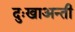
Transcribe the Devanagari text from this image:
दुःखाअन्ती